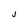
Character: J